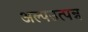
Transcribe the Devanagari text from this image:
अल्पउत्पन्न